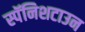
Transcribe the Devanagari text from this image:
स्पॅनिशटाउन